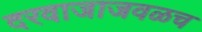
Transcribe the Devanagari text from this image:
दरवाजाजवळच